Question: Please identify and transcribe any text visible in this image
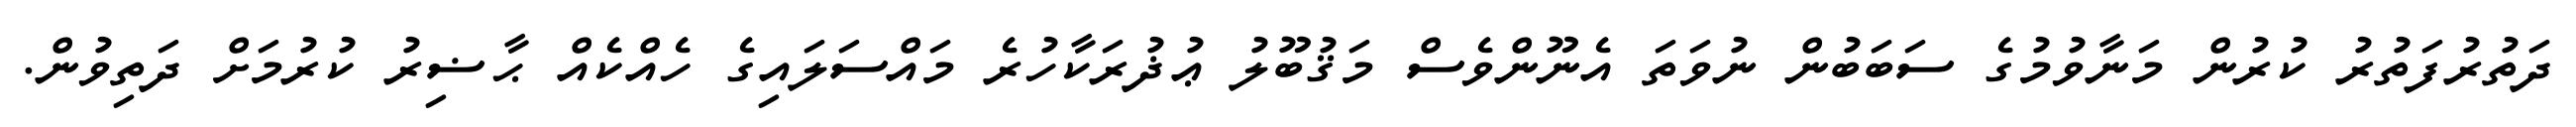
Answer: ދަތުރުފަތުރު ކުރުން މަނާވުމުގެ ސަބަބުން ނުވަތަ އެނޫންވެސް މަޤުބޫލު ޢުޛުރަކާހުރެ މައްސަލައިގެ ހެއްކެއް ޙާޟިރު ކުރުމަށް ދަތިވުން.